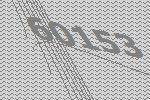
60153